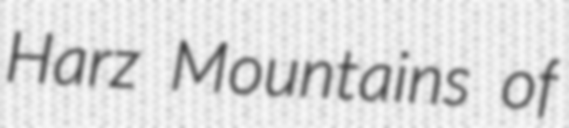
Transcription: Harz Mountains of